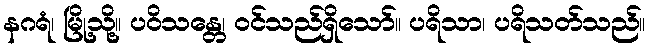
နဂရံ၊ မြို့သို့။ ပဝိသန္တေ၊ ဝင်သည်ရှိသော်။ ပရိသာ၊ ပရိသတ်သည်။